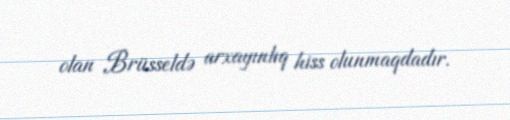
olan Brüsseldə arxayınlıq hiss olunmaqdadır.